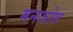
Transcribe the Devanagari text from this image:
मनजोत